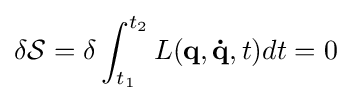
\delta {\mathcal {S}}=\delta \int _{t_{1}}^{t_{2}}L(\mathbf {q} ,\mathbf {\dot {q}} ,t)dt=0